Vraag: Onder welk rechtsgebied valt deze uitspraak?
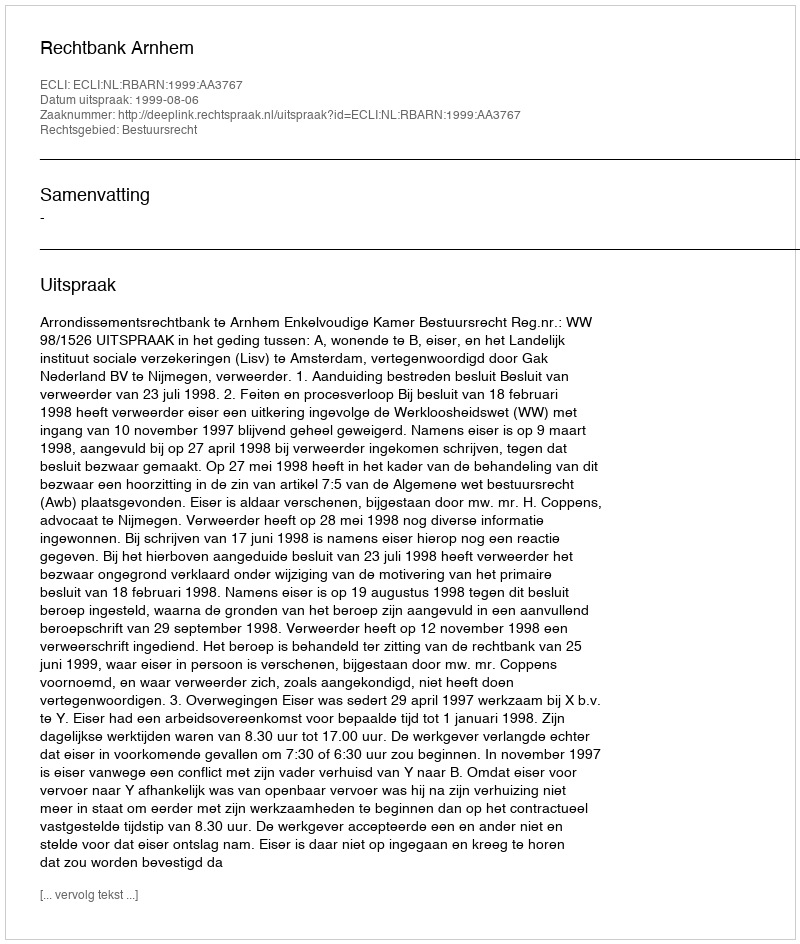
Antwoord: Bestuursrecht